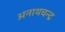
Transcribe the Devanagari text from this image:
अनाथचन्द्र